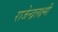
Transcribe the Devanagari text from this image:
राजेन्द्रलक्ष्मी